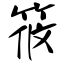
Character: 筱